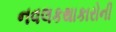
નવલકથાકારોની